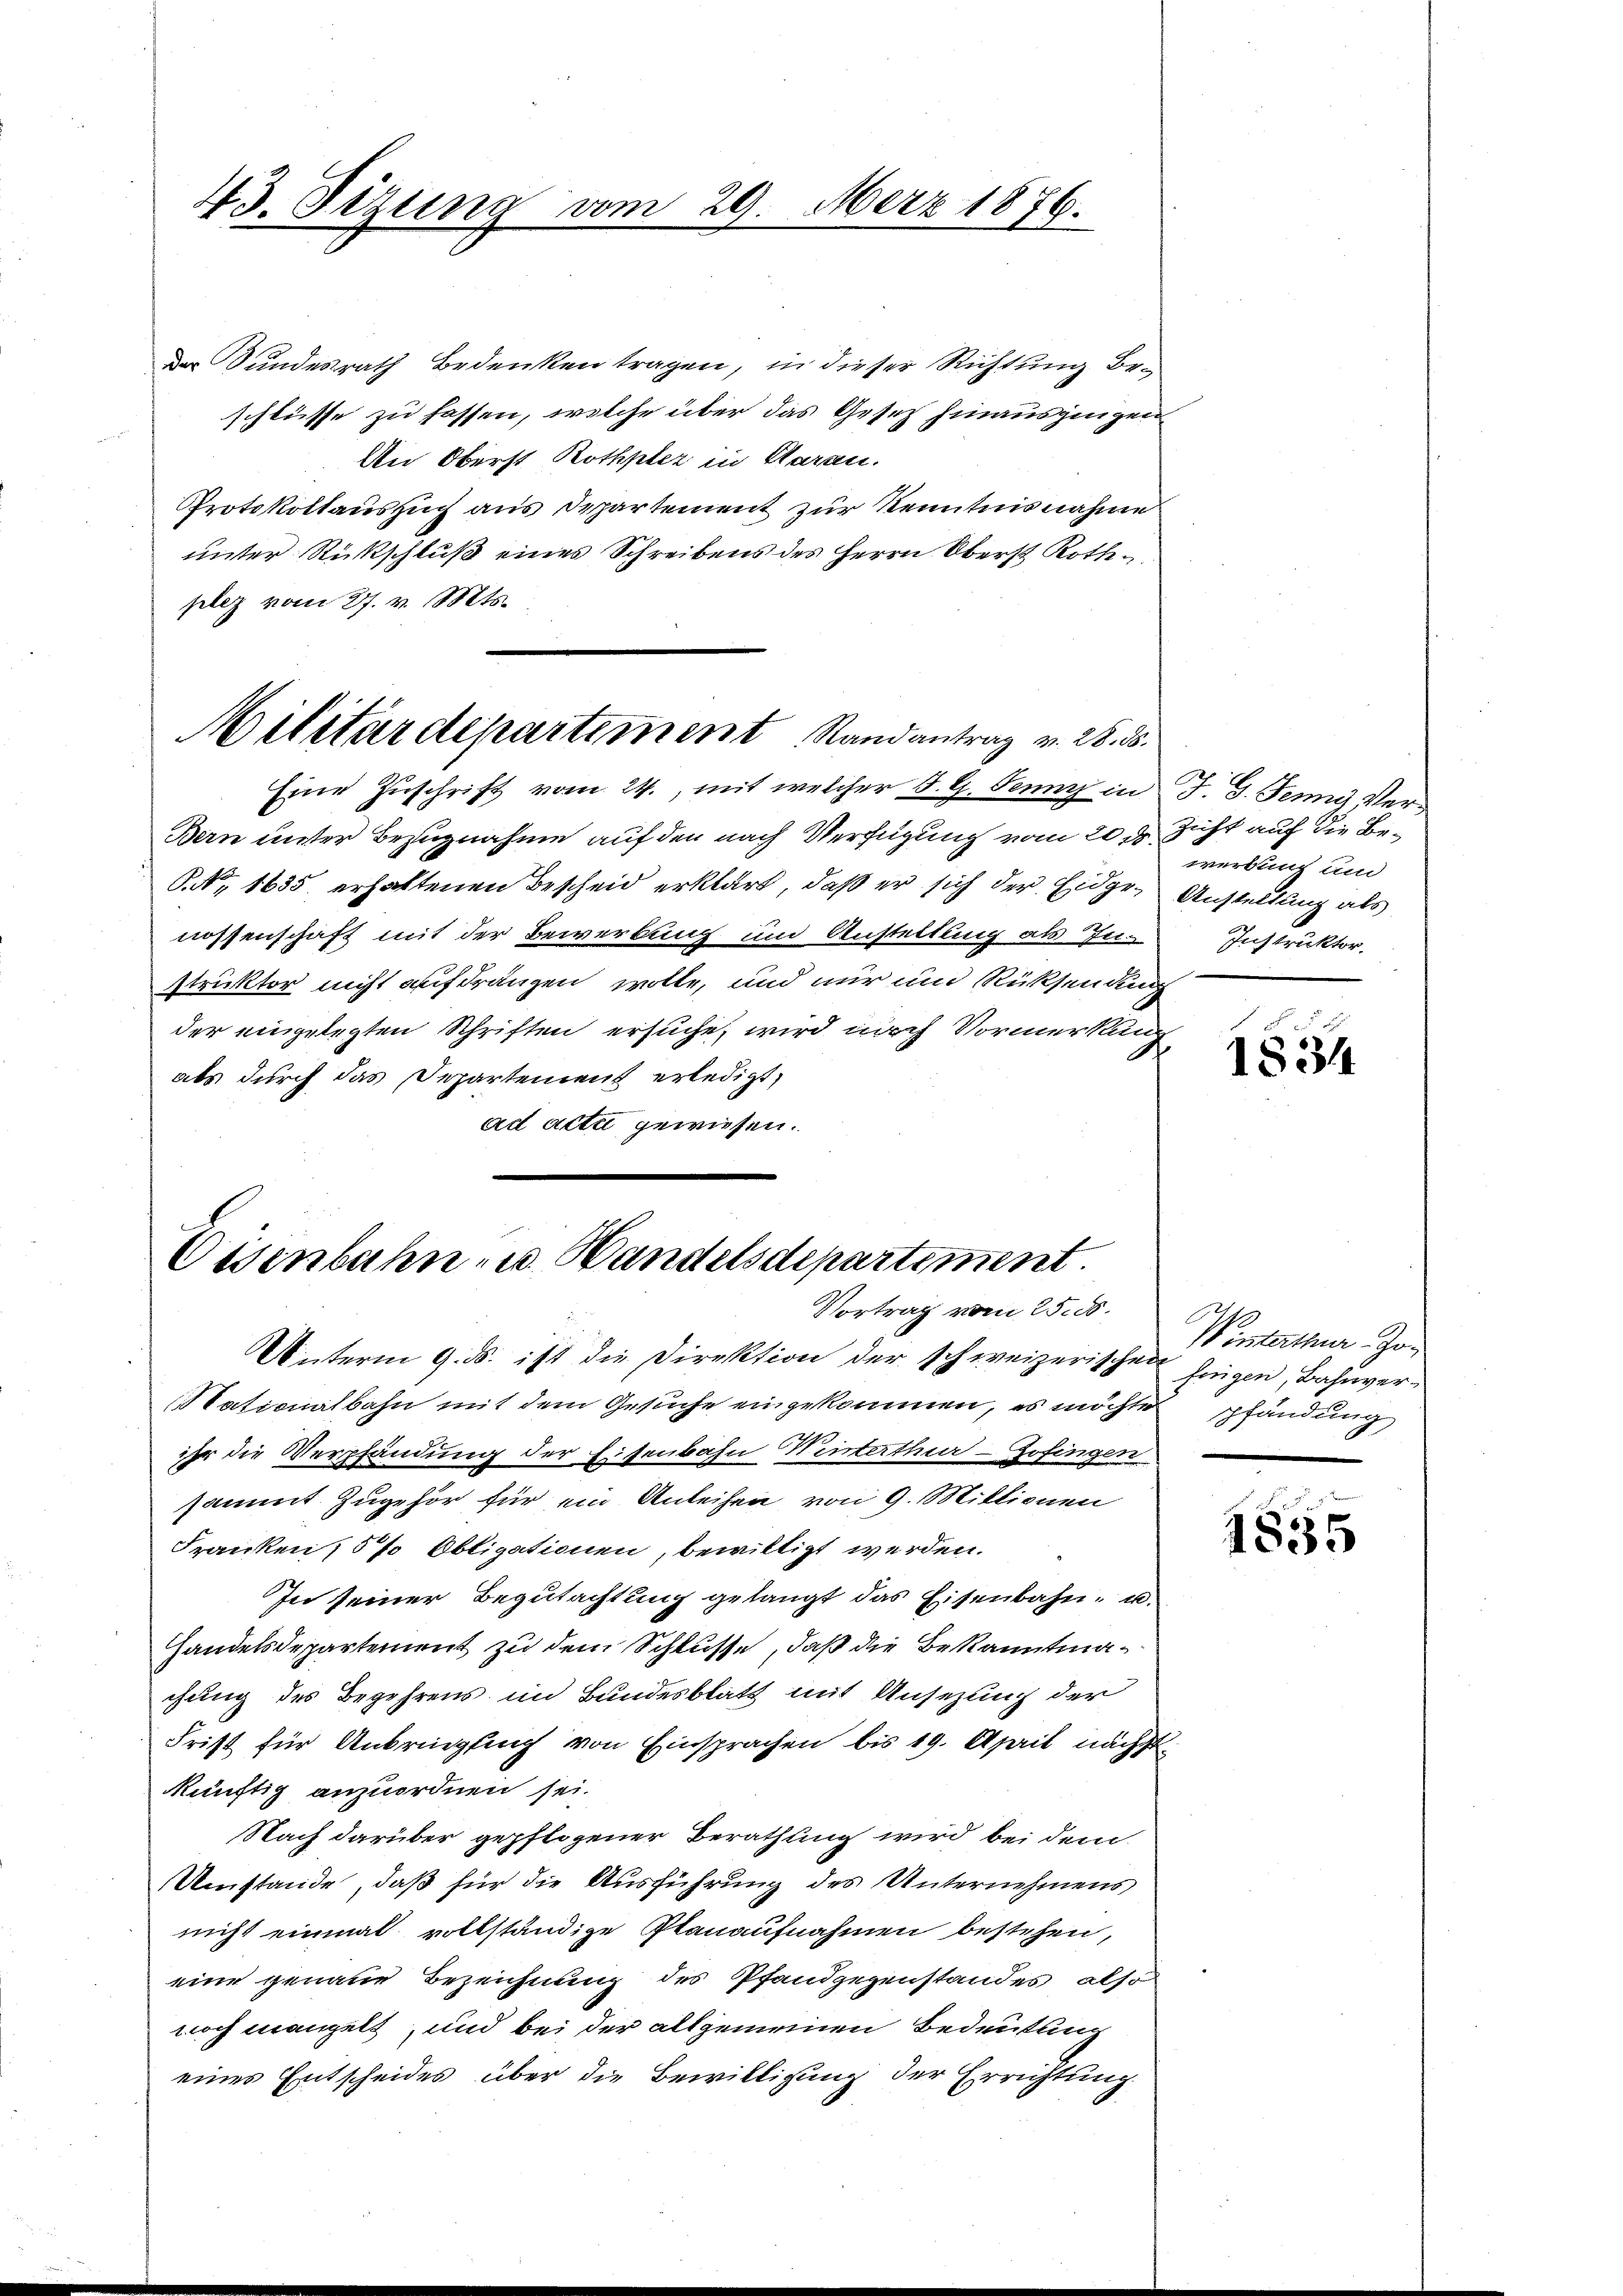
der Bundesrath Bedenken tragen, in dieser Richtung beschlüsse zu fassen, welche über das Gesetz hinausgingen
An Oberst Rothpter in Daran.
Protokollaŭszŭch aus Departement zŭr Kenntnisnahme
unter Rückschluß eines Schreibens des Herrn Oberst Roth
plez vom 27. v. Mts.

43. Sizung vom 29. März 1876.

Militärdepartement Randantrag v. 28. d.

Eisenbahn- u. Handelsdepartement.
Vortrag vom 25. 55.
Unterm 9. ds. ist die Direktion der schweizerischen hingen, Bahnver¬

Eine Zŭschrift vom 24., mit welcher S. G. Jenny in J. G. Jennig Ver¬
Bern unter Bezugnahme auf den nach Verfügung vom 20. den Sihl auf die Be¬
S. 1635 erhaltenen Bescheid erklärt, daß er sich der Eidge Anstellung als
nossenschaft mit der Bewerbung und Anstellung als In-Instruktor,
struktor nicht aufdrängen wolle, und nur und Rücksendung
der eingelegten Schriften ersuche, wird noch Vormerkung
als durch das Departement erledigt,
ad acti gewiesen.

werbung und

Stationalbahn mit dem Gesuche eingekommen, es möchtes pfändung
ihr die Verpfändung der Eisenbahn Winterthur–Zofingen
sammt zugehör für ein Anleihen von 9. Mittionen
Franken, 5 % Obligationen, bewilligt werden.
In seiner Begutachtung gelangt das Eisenbahn- u.
Handelsdepartement zu dem Schlüsse, daß die Bekanntmachung des Begehrens im Bundesblatt mit Ansezung der
Frist für Anbringung von Einsprachen bis 19. April nächst
künftig anzuordnen sei.
Nach darüber gepflogener Berathung wird bei dem
Umstände, daß für die Ausführung des Unternehmens
nicht einmal vollständige Planaufnahmen bestehen,
eine genaue Bezeichnung des Pfandgegenstandes, also
noch mangelt, und bei der allgemeinen Bedeutung
einer Entscheides über die Bewilligung der Errichtung

1834

Winterthur Jo-

1855